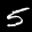
Label: 5